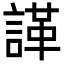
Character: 諽